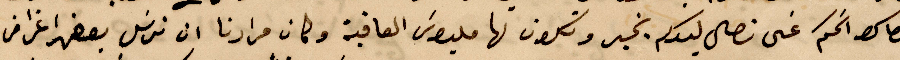
الماكو الحكم على نصل ليدكم بخبر وتكون لها مليون العافية وكان مرادنا ان نرسل بعض أغراض